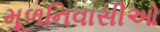
મૂળનિવાસીઓ